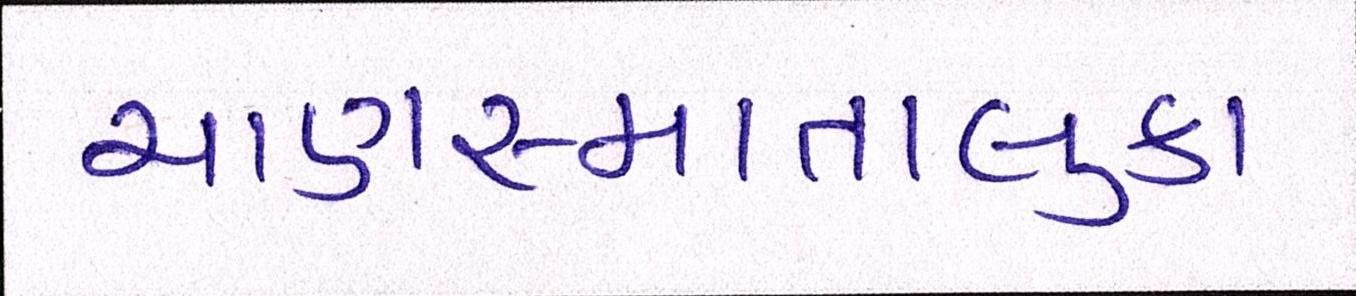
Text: ચાણસ્માતાલુકા